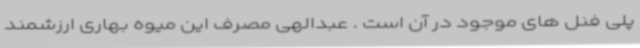
پلی فنل های موجود در آن است . عبدالهی مصرف این میوه بهاری ارزشمند